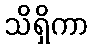
သိရှိကာ